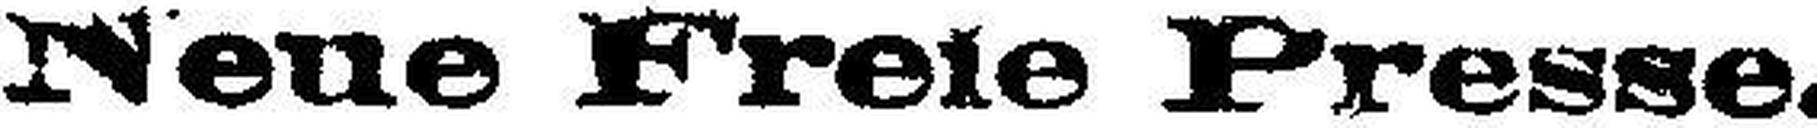
Neue Freie Presse.